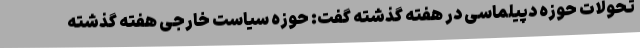
تحولات حوزه دپیلماسی در هفته گذشته گفت: حوزه سیاست خارجی هفته گذشته